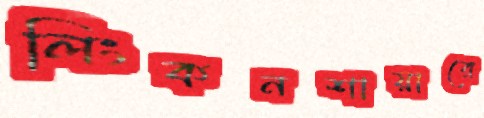
লিংকনশায়ারে